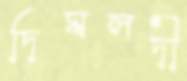
দিঘলদী